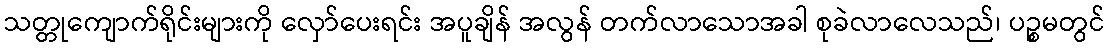
သတ္တုကျောက်ရိုင်းများကို လှော်ပေးရင်း အပူချိန် အလွန် တက်လာသောအခါ စုခဲလာလေသည်၊ ပဉ္စမတွင်